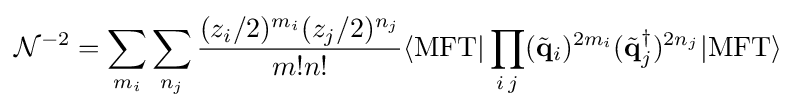
{\mathcal {N}}^{-2}=\sum _{m_{i}}\sum _{n_{j}}{\frac {(z_{i}/2)^{m_{i}}(z_{j}/2)^{n_{j}}}{m!n!}}\langle \mathrm {MFT} |\prod _{i\,j}({\tilde {\mathbf {q} }}_{i})^{2m_{i}}({\tilde {\mathbf {q} }}_{j}^{\dagger })^{2n_{j}}|\mathrm {MFT} \rangle